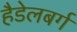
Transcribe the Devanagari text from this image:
हैडेलबर्ग